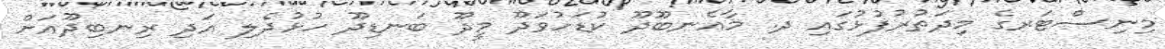
މިނިސްޓަރގެ މިދަތުރުފުޅުގައި ދ. މާއެނބޫދޫ ކުޑަހުވަދޫ މީދޫ ބަނޑިދޫ ހުޅުދެލި އަދި ރިނބިދޫއަށް